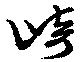
崎